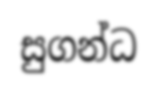
සුගන්ධ